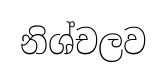
නිශ්චලව